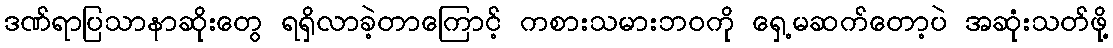
ဒဏ်ရာပြသာနာဆိုးတွေ ရရှိလာခဲ့တာကြောင့် ကစားသမားဘဝကို ရှေ့မဆက်တော့ပဲ အဆုံးသတ်ဖို့